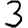
Digit: 3